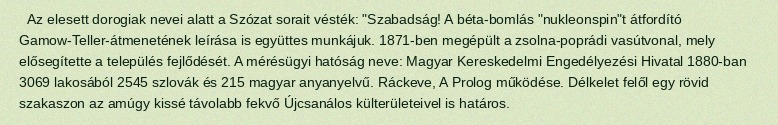
Az elesett dorogiak nevei alatt a Szózat sorait vésték: "Szabadság! A béta-bomlás "nukleonspin"t átfordító Gamow-Teller-átmenetének leírása is együttes munkájuk. 1871-ben megépült a zsolna-poprádi vasútvonal, mely elősegítette a település fejlődését. A mérésügyi hatóság neve: Magyar Kereskedelmi Engedélyezési Hivatal 1880-ban 3069 lakosából 2545 szlovák és 215 magyar anyanyelvű. Ráckeve, A Prolog működése. Délkelet felől egy rövid szakaszon az amúgy kissé távolabb fekvő Újcsanálos külterületeivel is határos.